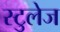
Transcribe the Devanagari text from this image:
स्टुलेज